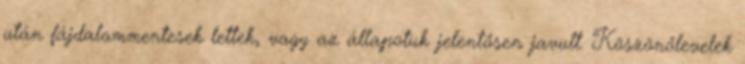
után fájdalommentesek lettek, vagy az állapotuk jelentősen javult. Köszönőlevelek